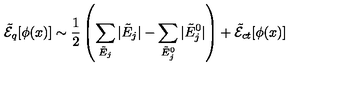
\tilde { \cal E } _ { q } [ \phi ( x ) ] \sim \frac { 1 } { 2 } \left( \sum _ { \tilde { E } _ { j } } | \tilde { E } _ { j } | - \sum _ { \tilde { E } _ { j } ^ { 0 } } | \tilde { E } _ { j } ^ { 0 } | \right) + \tilde { \cal E } _ { c t } [ \phi ( x ) ]